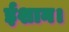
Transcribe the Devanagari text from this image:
ईशान।